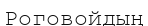
Роговойдың